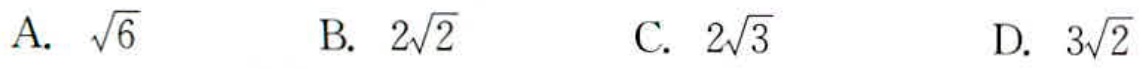
A. $\sqrt{6}$  B. $2\sqrt{2}$  C. $2\sqrt{3}$  D. $3\sqrt{2}$